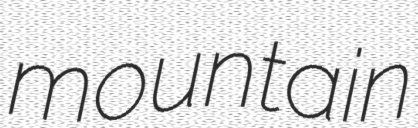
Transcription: mountain